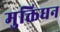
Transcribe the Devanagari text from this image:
मुक्तिधन